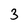
Character: 3